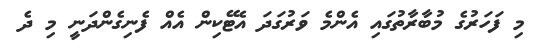
މި ފަހަރުގެ މުބާރާތުގައި އެންމެ ވަރުގަދަ އެޓޭކިން އެއް ފެނިގެންދަނީ މި ދެ